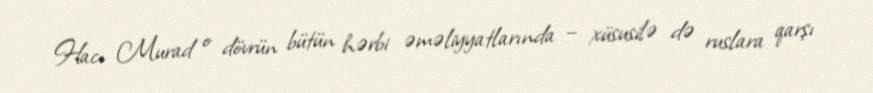
Hacı Murad o dövrün bütün hərbi əməliyyatlarında – xüsusilə də ruslara qarşı